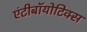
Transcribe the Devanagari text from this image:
एंटीबॉयोटिक्स